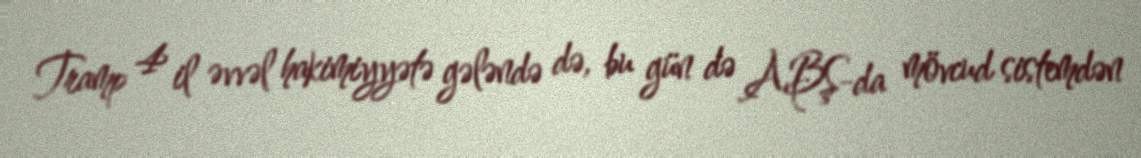
Tramp 4 il əvvəl hakimiyyətə gələndə də, bu gün də ABŞ-da mövcud sistemdən